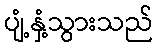
ပျံ့နှံ့သွားသည်